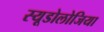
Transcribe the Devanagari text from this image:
स्यूडोलोजिया